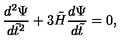
{ \frac { d ^ { 2 } \Psi } { d \tilde { t } ^ { 2 } } } + 3 \tilde { H } { \frac { d \Psi } { d \tilde { t } } } = 0 ,